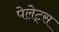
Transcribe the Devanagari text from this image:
पेलेट्स